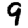
Digit: 9